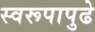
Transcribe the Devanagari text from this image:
स्वरूपापुढे